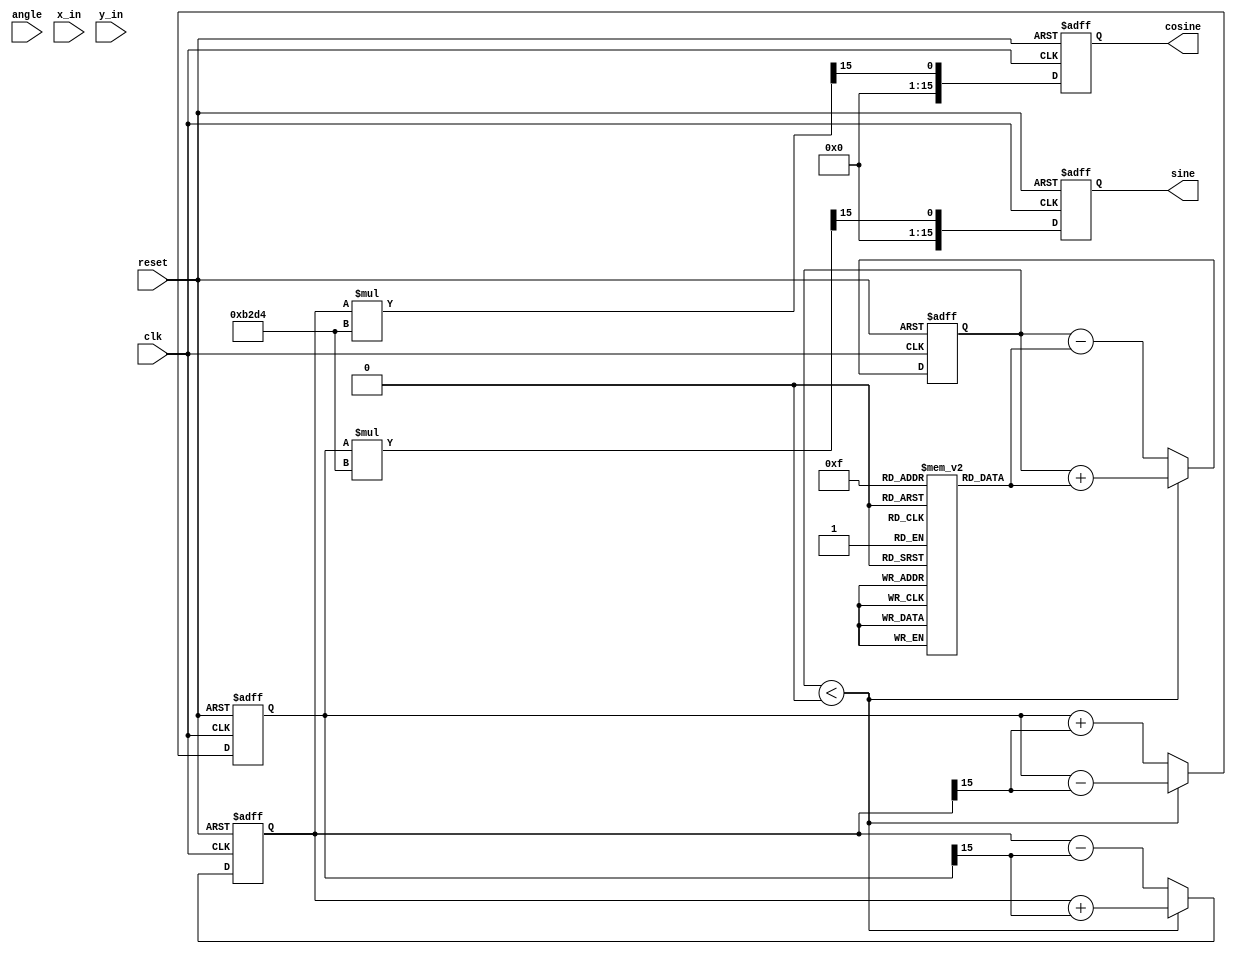
module cordic_rotational #(
    parameter WIDTH = 16,       // Width of fixed-point representation
    parameter ITERATIONS = 16   // Number of CORDIC iterations
)(
    input wire clk,             // Clock signal
    input wire reset,           // Asynchronous reset
    input wire [WIDTH-1:0] angle, // Input angle in fixed-point
    input wire [WIDTH-1:0] x_in,   // Input vector X
    input wire [WIDTH-1:0] y_in,   // Input vector Y
    output reg [WIDTH-1:0] cosine, // Output cosine value
    output reg [WIDTH-1:0] sine     // Output sine value
);

    // CORDIC gain constant
    localparam CORDIC_GAIN = 16'hB2D4; // Approximation of 0.6072529350088812561694 in fixed-point

    // Lookup table for arctangent values (scaled for fixed-point)
    reg [WIDTH-1:0] atan_table [0:ITERATIONS-1];
    initial begin
        // Precomputed arctangent values (scaled)
        atan_table[0] = 16'h2000; // atan(2^-0)
        atan_table[1] = 16'h1666; // atan(2^-1)
        atan_table[2] = 16'h0D89; // atan(2^-2)
        atan_table[3] = 16'h05A8; // atan(2^-3)
        atan_table[4] = 16'h0282; // atan(2^-4)
        atan_table[5] = 16'h0141; // atan(2^-5)
        atan_table[6] = 16'h00A0; // atan(2^-6)
        atan_table[7] = 16'h0050; // atan(2^-7)
        atan_table[8] = 16'h0028; // atan(2^-8)
        atan_table[9] = 16'h0014; // atan(2^-9)
        atan_table[10] = 16'h000A; // atan(2^-10)
        atan_table[11] = 16'h0005; // atan(2^-11)
        atan_table[12] = 16'h0002; // atan(2^-12)
        atan_table[13] = 16'h0001; // atan(2^-13)
        atan_table[14] = 16'h0001; // atan(2^-14)
        atan_table[15] = 16'h0000; // atan(2^-15)
    end

    // Internal registers
    reg [WIDTH-1:0] x, y, z;
    integer i;

    // Control unit and iteration logic
    always @(posedge clk or posedge reset) begin
        if (reset) begin
            cosine <= 0;
            sine <= 0;
            x <= 0;
            y <= 0;
            z <= 0;
        end else begin
            // Initialize inputs
            x <= x_in;
            y <= y_in;
            z <= angle;

            // CORDIC iterations
            for (i = 0; i < ITERATIONS; i = i + 1) begin
                if (z < 0) begin
                    // Rotate clockwise
                    x <= x + (y >>> i);
                    y <= y - (x >>> i);
                    z <= z + atan_table[i];
                end else begin
                    // Rotate counterclockwise
                    x <= x - (y >>> i);
                    y <= y + (x >>> i);
                    z <= z - atan_table[i];
                end
            end
            
            // Apply scaling factor
            cosine <= x * CORDIC_GAIN >>> (WIDTH - 1);
            sine <= y * CORDIC_GAIN >>> (WIDTH - 1);
        end
    end

endmodule